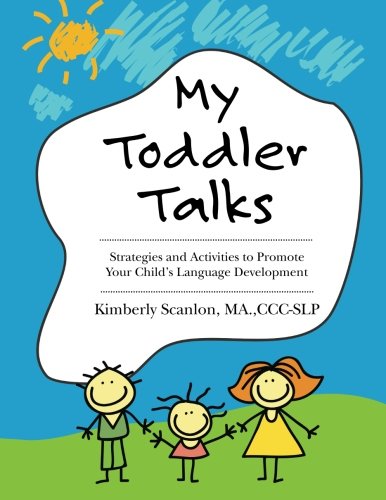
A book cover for My Toddler Talks: Strategies and Activities to Promote Your Child's Language Development; Kimberly Scanlon; Education & Teaching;